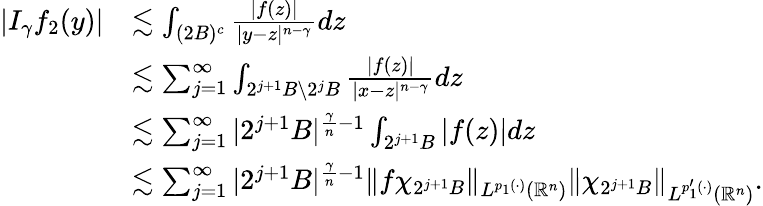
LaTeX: \begin{array}{rl}{|I_{\gamma}f_{2}(y)|}&{\lesssim\int_{(2B)^{c}}{\frac{|f(z)|}{|y-z|^{n-\gamma}}}dz}\\ &{\lesssim\sum_{j=1}^{\infty}\int_{2^{j+1}B\backslash 2^{j}B}{\frac{|f(z)|}{|x-z|^{n-\gamma}}}dz}\\ &{\lesssim\sum_{j=1}^{\infty}|2^{j+1}B|^{\frac{\gamma}{n}-1}\int_{2^{j+1}B}|f(z)|dz}\\ &{\lesssim\sum_{j=1}^{\infty}|2^{j+1}B|^{\frac{\gamma}{n}-1}\| f\chi_{2^{j+1}B}\| _{L^{p_{1}(\cdot)}(\mathbb{R}^{n})}\| \chi_{2^{j+1}B}\| _{L^{p_{1}^{\prime}(\cdot)}(\mathbb{R}^{n})}.}\end{array}